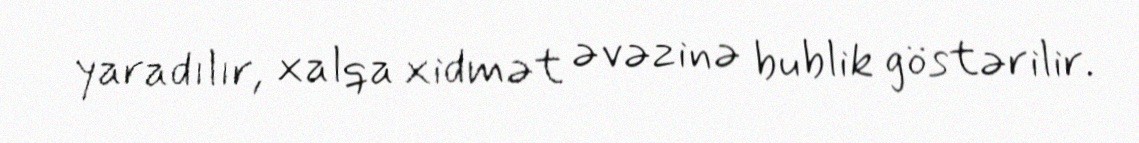
yaradılır, xalqa xidmət əvəzinə bublik göstərilir.